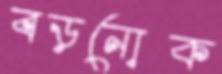
বড়নোক